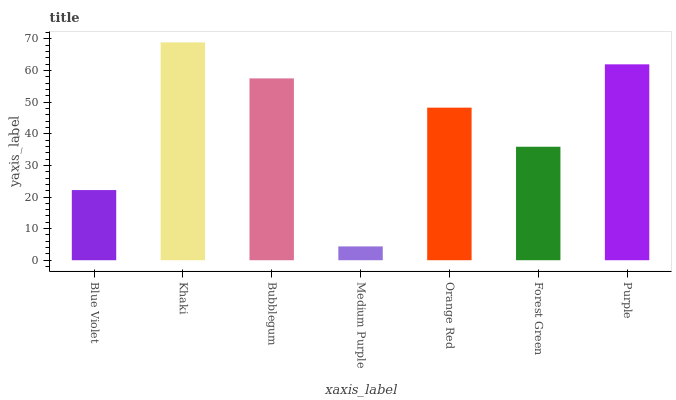
| xaxis_label | bars |
 | --- | --- |
 | Blue Violet | 22.2 |
 | Khaki | 68.9 |
 | Bubblegum | 57.5 |
 | Medium Purple | 4.37 |
 | Orange Red | 48.3 |
 | Forest Green | 35.9 |
 | Purple | 62 |